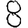
Digit: 8